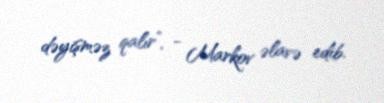
dəyişməz qalır”, - Markov əlavə edib.